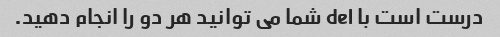
درست است با del شما می توانید هر دو را انجام دهید.